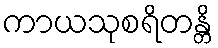
ကာယသုစရိတန္တိ